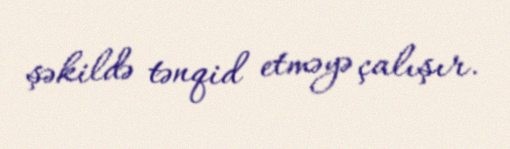
şəkildə tənqid etməyə çalışır.